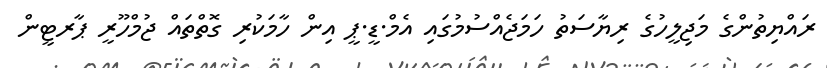
ރައްޔިތުންގެ މަޖިލީހުގެ ރިޔާސަތު ހަމަޖެއްސުމުގައި އެމް.ޑީ.ޕީ އިން ހާމަކުރި ގޮތްތައް ޖުމްހޫރީ ޕާރޓީން